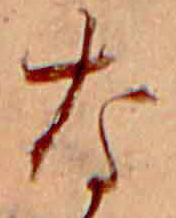
な